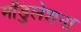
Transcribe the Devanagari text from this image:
मॉडुलेशन।